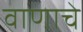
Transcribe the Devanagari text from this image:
वाणाचे